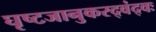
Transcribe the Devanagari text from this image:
घृष्टजानुकरद्वंद्वः